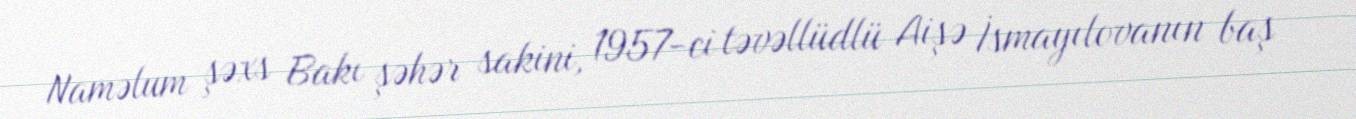
Naməlum şəxs Bakı şəhər sakini, 1957-ci təvəllüdlü Aişə İsmayılovanın baş